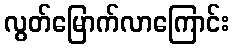
လွတ်မြောက်လာကြောင်း